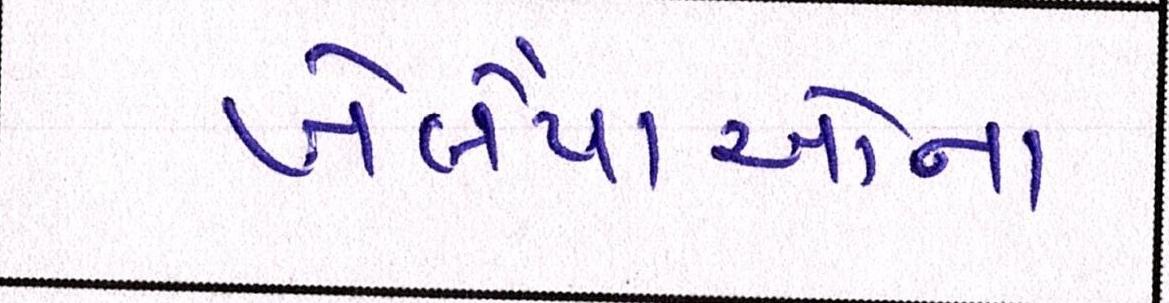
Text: ખેલૈયાઓના